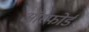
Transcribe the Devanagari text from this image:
ऑरफोर्ड